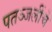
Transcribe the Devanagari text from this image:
पतञ्जलींचे